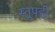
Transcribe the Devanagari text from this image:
स्तूपही